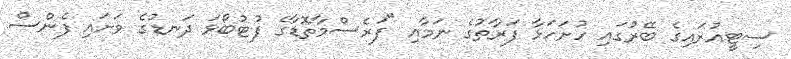
ސިޓީއުރައިގެ ބޭރުގައި ހުށަހަޅާ ފަރާތުގެ ނަމާއި "ފަރެސްމާތޮޑާގެ ފުޓުބޯޅަ ދަނޑުގެ ވަށައި ފެންސް